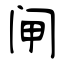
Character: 闸